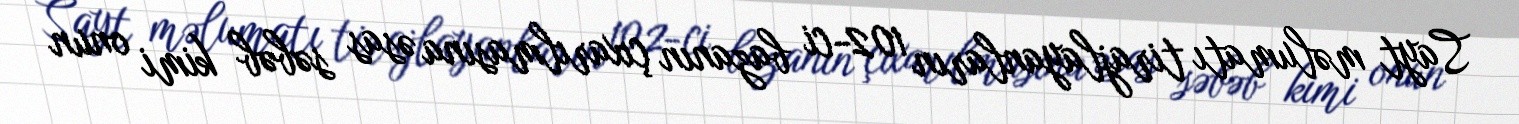
Sayt məlumatı tirajlayanların 102-ci bazanın çıxarılmasına əsas səbəb kimi onun